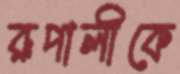
রূপালীকে